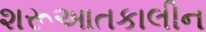
શરૂઆતકાલીન